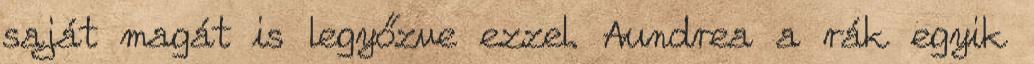
saját magát is legyőzve ezzel. Aundrea a rák egyik